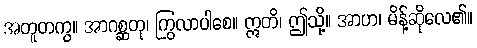
အတူတကွ။ အာဂစ္ဆတု၊ ကြွလာပါစေ။ ဣတိ၊ ဤသို့။ အာဟ၊ မိန့်ဆိုလေ၏။